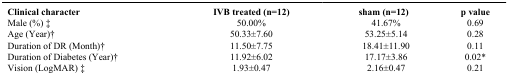
| Clinical character | IVB treated (n=12) | sham (n=12) | p value |
 | --- | --- | --- | --- |
 | Male (%) ‡ | 50.00% | 41.67% | 0.69 |
 | Age (Year)† | 50.33±7.60 | 53.25±5.14 | 0.28 |
 | Duration of DR (Month)† | 11.50±7.75 | 18.41±11.90 | 0.11 |
 | Duration of Diabetes (Year)† | 11.92±6.02 | 17.17±3.86 | 0.02* |
 | Vision (LogMAR) ‡ | 1.93±0.47 | 2.16±0.47 | 0.21 |